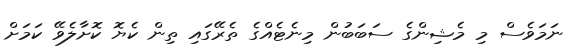
ނަމަވެސް މި މެޝިންގެ ސަބަބުން މިނެޓެއްގެ ތެރޭގައި ތިން ކެޔޮ ކޮށާލެވޭ ކަމަށް